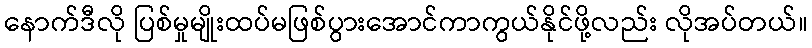
နောက်ဒီလို ပြစ်မှုမျိုးထပ်မဖြစ်ပွားအောင်ကာကွယ်နိုင်ဖို့လည်း လိုအပ်တယ်။